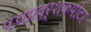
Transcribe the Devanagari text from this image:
पथप्रदर्शकपीटर